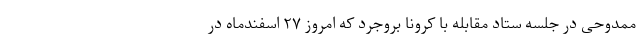
ممدوحی در جلسه ستاد مقابله با کرونا بروجرد که امروز ۲۷ اسفندماه در